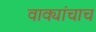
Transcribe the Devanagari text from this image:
वाक्यांचाच